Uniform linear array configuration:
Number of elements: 48
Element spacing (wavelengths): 0.75
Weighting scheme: exponential
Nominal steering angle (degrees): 0
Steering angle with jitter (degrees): -1.586
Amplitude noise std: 0.05
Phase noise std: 0.05

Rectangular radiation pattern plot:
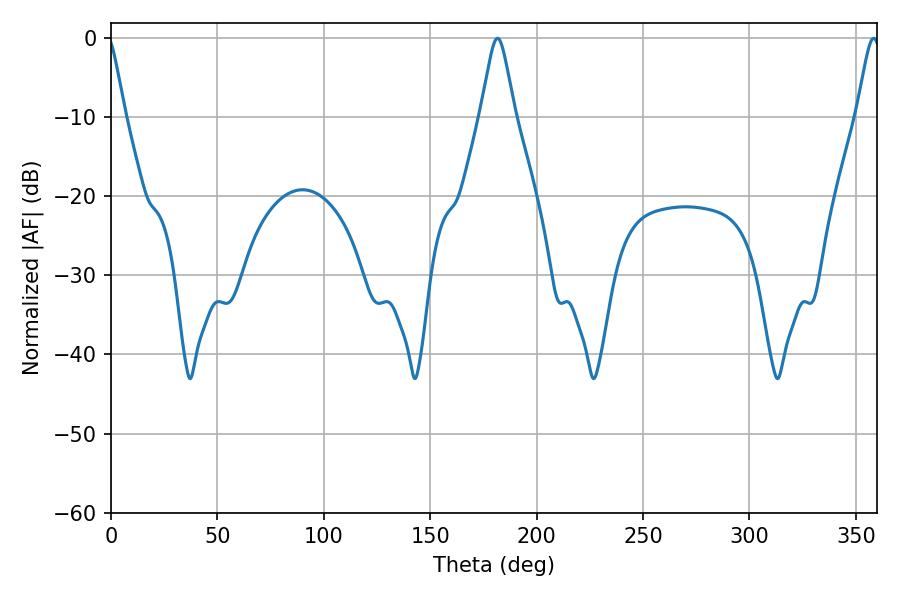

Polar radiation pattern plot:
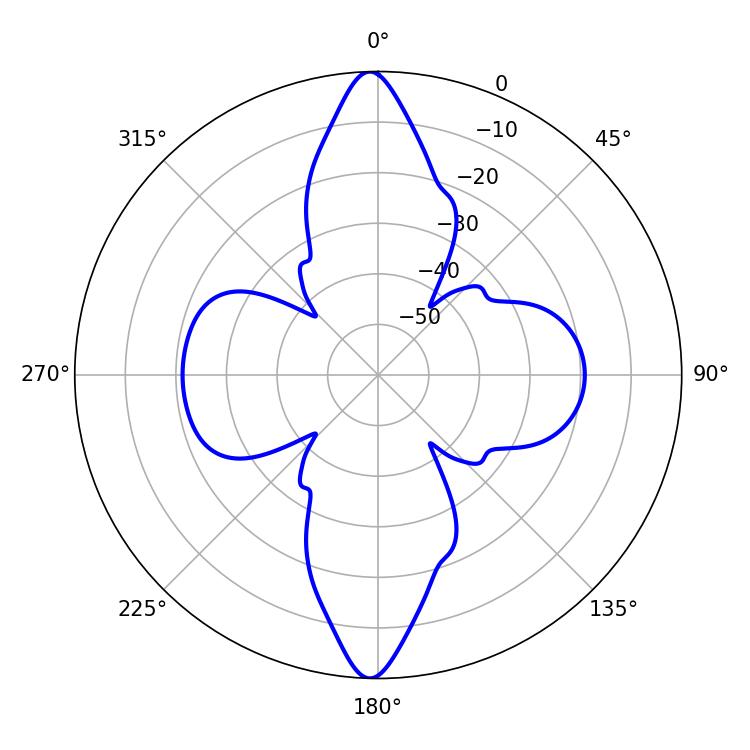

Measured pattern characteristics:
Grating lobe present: TRUE
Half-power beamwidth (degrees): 7.56
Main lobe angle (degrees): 181.62